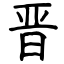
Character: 晋